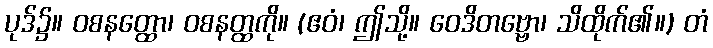
ပုဒ်၌။ ဝစနတ္ထော၊ ဝစနတ္ထကို။ (ဧဝံ၊ ဤသို့။ ဝေဒိတဗ္ဗော၊ သိထိုက်၏။) တံ